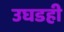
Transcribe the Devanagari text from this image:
उघडही